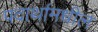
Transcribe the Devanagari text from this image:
पदार्थामधील